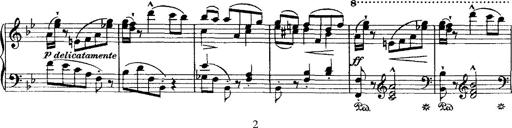
Title: Grande valse di bravura
Composer: Franz Liszt